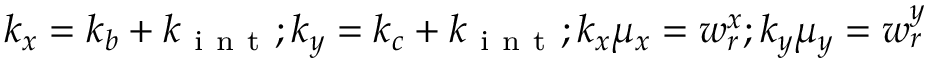
k _ { x } = k _ { b } + k _ { \mathrm { ~ i ~ n ~ t ~ } } ; k _ { y } = k _ { c } + k _ { \mathrm { ~ i ~ n ~ t ~ } } ; k _ { x } \mu _ { x } = w _ { r } ^ { x } ; k _ { y } \mu _ { y } = w _ { r } ^ { y }